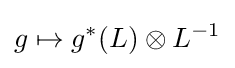
g\mapsto g^{*}(L)\otimes L^{-1}